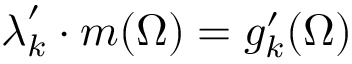
\boldsymbol { \lambda } _ { k } ^ { \prime } \cdot \boldsymbol { m } ( \Omega ) = g _ { k } ^ { \prime } ( \Omega )